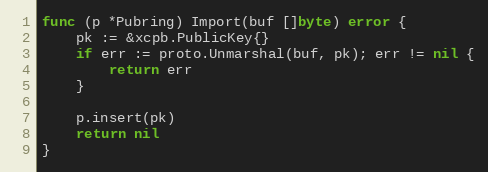
Language: Go
func (p *Pubring) Import(buf []byte) error {
	pk := &xcpb.PublicKey{}
	if err := proto.Unmarshal(buf, pk); err != nil {
		return err
	}

	p.insert(pk)
	return nil
}